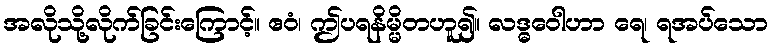
အလိုသို့လိုက်ခြင်းကြောင့်။ ဧဝံ၊ ဤပရနိမ္မိတဟူ၍။ လဒ္ဓဝေါဟာ ရေ၊ ရအပ်သော